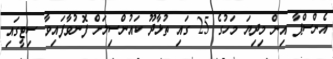
އެންސްޕާ އިން މިދިޔަ މަހުގެ 25 ގައި ތުޅާދޫ ކައުންސިލަށް ފޮނުވާފައިވާ ސިޓީގައި